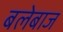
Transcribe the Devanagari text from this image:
बलेबाज